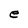
Character: e